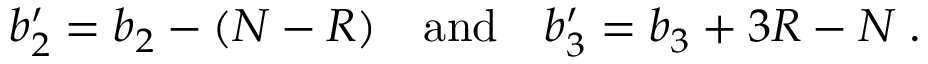
b _ { 2 } ^ { \prime } = b _ { 2 } - ( N - R ) \quad \mathrm { a n d } \quad b _ { 3 } ^ { \prime } = b _ { 3 } + 3 R - N \; .